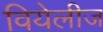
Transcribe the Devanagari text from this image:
वियेलीज